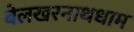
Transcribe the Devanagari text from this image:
बेलखरनाथधाम